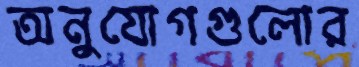
অনুযোগগুলোর